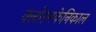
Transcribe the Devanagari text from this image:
क्लोरमफेनिकाल